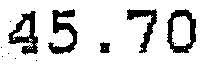
45.70